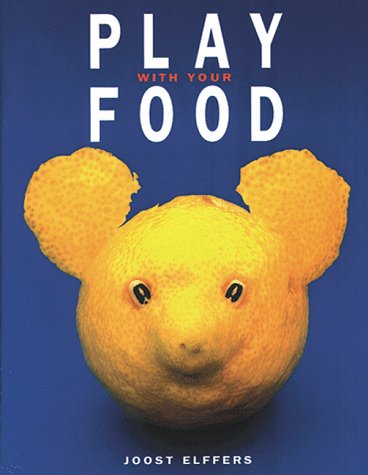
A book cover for Play With Your Food; Joost Elffers; Humor & Entertainment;